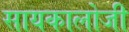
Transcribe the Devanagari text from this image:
सायकालोजी